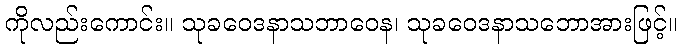
ကိုလည်းကောင်း။ သုခဝေဒနာသဘာဝေန၊ သုခဝေဒနာသဘောအားဖြင့်။